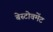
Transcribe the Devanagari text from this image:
बेस्टोवमेंट